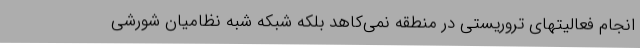
انجام فعالیتهای تروریستی در منطقه نمی‌کاهد بلکه شبکه شبه نظامیان شورشی